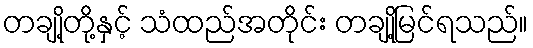
တချို့တို့နှင့် သံထည်အတိုင်း တချို့မြင်ရသည်။